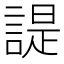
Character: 諟